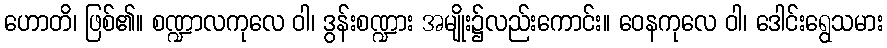
ဟောတိ၊ ဖြစ်၏။ စဏ္ဍာလကုလေ ဝါ၊ ဒွန်းစဏ္ဍား အမျိုး၌လည်းကောင်း။ ဝေနကုလေ ဝါ၊ ဒေါင်းရွေသမား